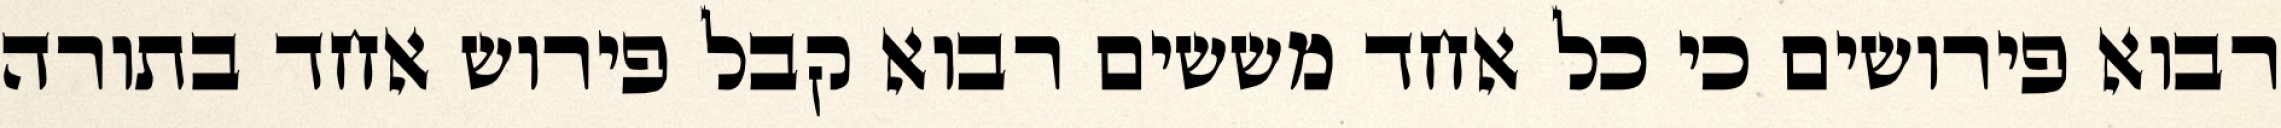
רבוא פירושים כי כל אחד מששים רבוא קבל פירוש אחד בתורה